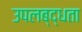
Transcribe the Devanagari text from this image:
उपलब्द्धता